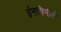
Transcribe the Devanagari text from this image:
ईनगिनीर्स